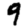
Digit: 9